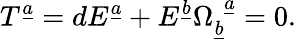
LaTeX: T^{\underline{{a}}}=dE^{\underline{{a}}}+E^{\underline{{b}}}\Omega_{\underline{{b}}}^{~~\underline{{a}}}=0.